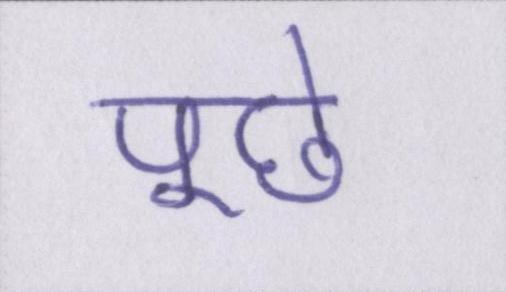
पूछे